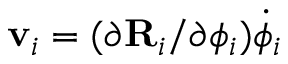
\mathbf { v } _ { i } = ( \partial \mathbf { R } _ { i } / \partial \phi _ { i } ) { \dot { \phi } } _ { i }